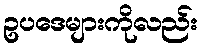
ဥပဒေများကိုလည်း